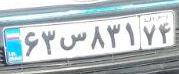
۶۳س۸۳۱۷۴